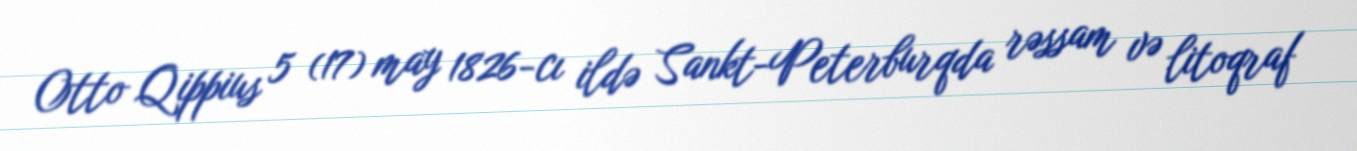
Otto Qippius 5 (17) may 1826-cı ildə Sankt-Peterburqda rəssam və litoqraf